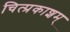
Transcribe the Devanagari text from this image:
चित्प्रकाशम्‌